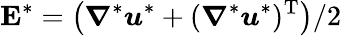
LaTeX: \boldsymbol{\mathrm{E}}^{*}=\left(\boldsymbol{\nabla}^{*}\boldsymbol{u}^{*}+(\boldsymbol{\nabla}^{*}\boldsymbol{u}^{*})^{\textrm{T}}\right)/2